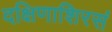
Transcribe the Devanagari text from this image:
दक्षिणाशिरसं